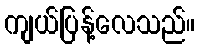
ကျယ်ပြန့်လေသည်။